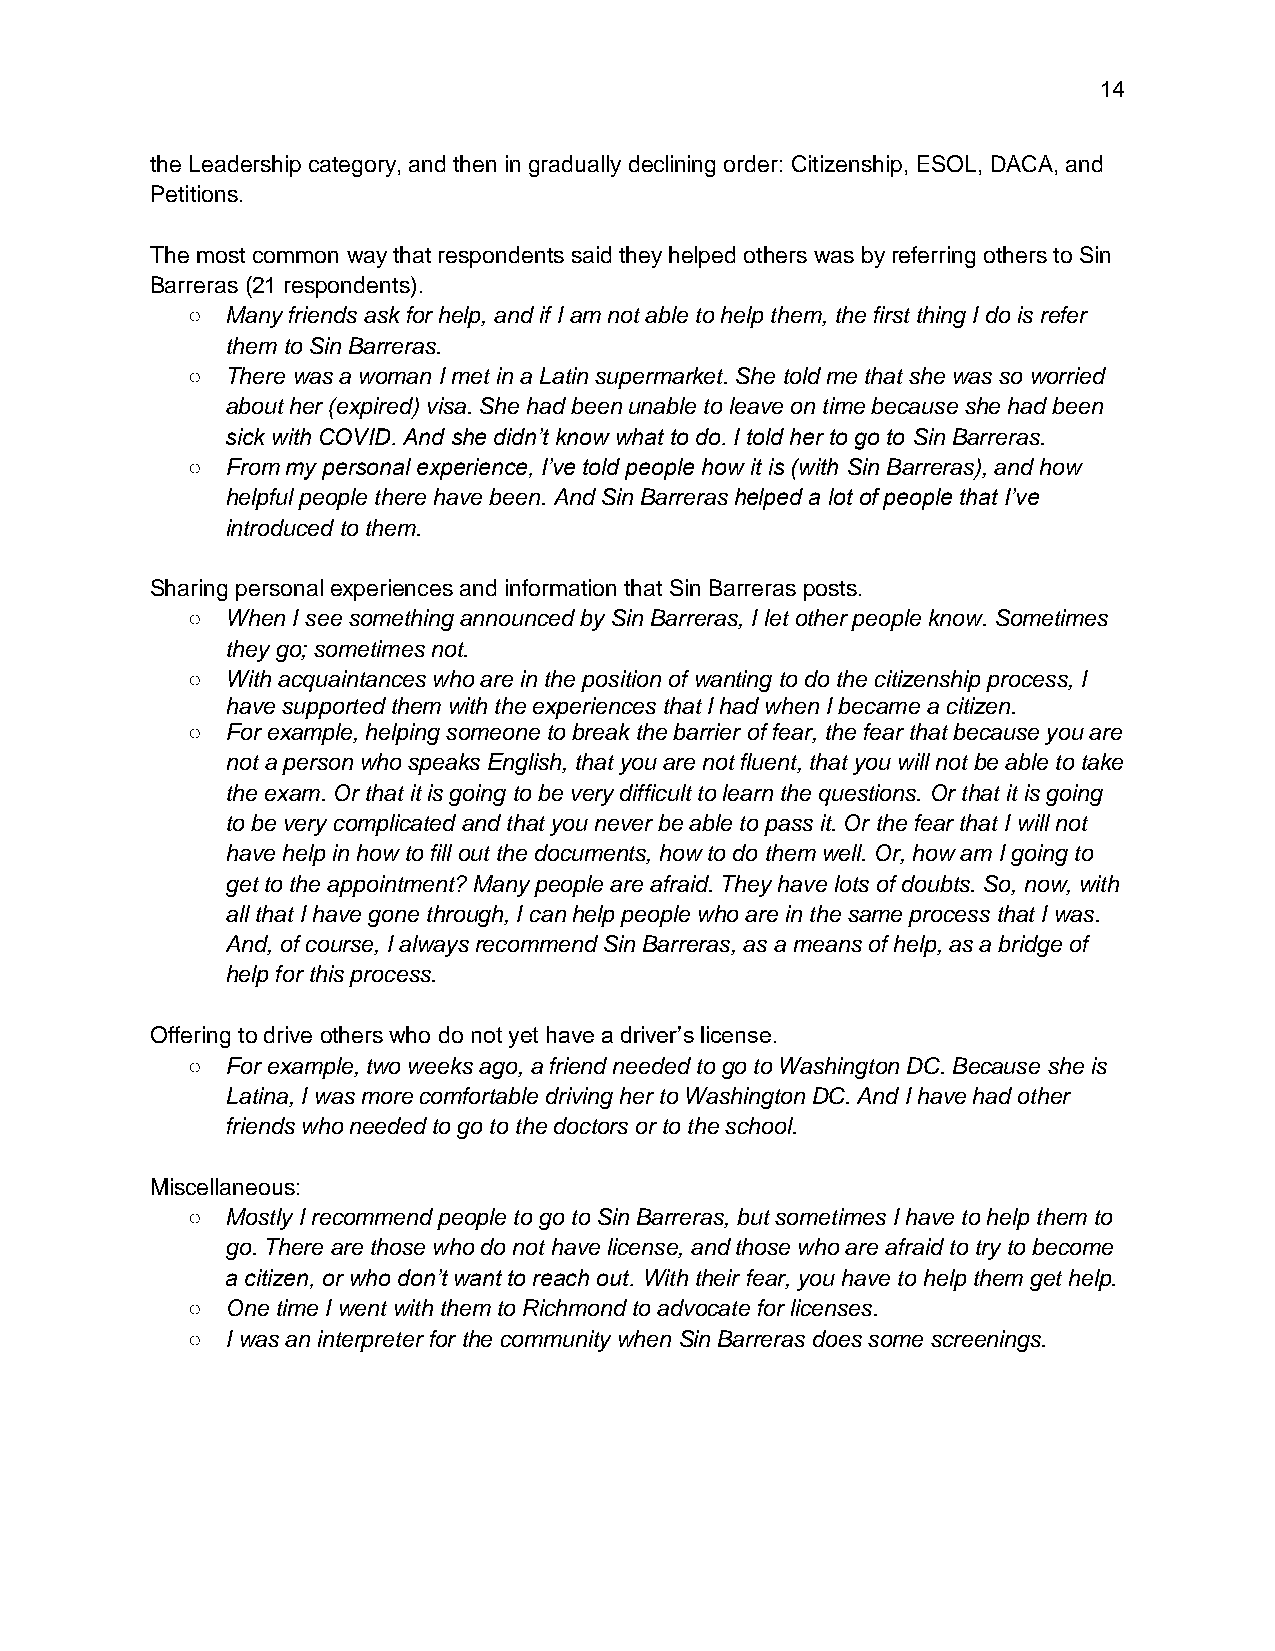
14
 the Leadership category, and then in gradually declining order: Citizenship, ESOL, DACA, and
 Petitions.
 The most common way that respondents said they helped others was by referring others to Sin
 Barreras (21 respondents).
 ○  Many friends ask for help, and if I am not able to help them, the first thing I do is refer
 them to Sin Barreras.
 ○  There was a woman I met in a Latin supermarket. She told me that she was so worried
 about her (expired) visa. She had been unable to leave on time because she had been
 sick with COVID. And she didn’t know what to do. I told her to go to Sin Barreras.
 ○  From my personal experience, I’ve told people how it is (with Sin Barreras), and how
 helpful people there have been. And Sin Barreras helped a lot of people that I’ve
 introduced to them.
 Sharing personal experiences and information that Sin Barreras posts.
 ○  When I see something announced by Sin Barreras, I let other people know. Sometimes
 they go; sometimes not.
 ○  With acquaintances who are in the position of wanting to do the citizenship process, I
 have supported them with the experiences that I had when I became a citizen.
 ○  For example, helping someone to break the barrier of fear, the fear that because you are
 not a person who speaks English, that you are not fluent, that you will not be able to take
 the exam. Or that it is going to be very difficult to learn the questions. Or that it is going
 to be very complicated and that you never be able to pass it. Or the fear that I will not
 have help in how to fill out the documents, how to do them well. Or, how am I going to
 get to the appointment? Many people are afraid. They have lots of doubts. So, now, with
 all that I have gone through, I can help people who are in the same process that I was.
 And, of course, I always recommend Sin Barreras, as a means of help, as a bridge of
 help for this process.
 Offering to drive others who do not yet have a driver’s license.
 ○  For example, two weeks ago, a friend needed to go to Washington DC. Because she is
 Latina, I was more comfortable driving her to Washington DC. And I have had other
 friends who needed to go to the doctors or to the school.
 Miscellaneous:
 ○  Mostly I recommend people to go to Sin Barreras, but sometimes I have to help them to
 go. There are those who do not have license, and those who are afraid to try to become
 a citizen, or who don’t want to reach out. With their fear, you have to help them get help.
 ○  One time I went with them to Richmond to advocate for licenses.
 ○  I was an interpreter for the community when Sin Barreras does some screenings.